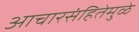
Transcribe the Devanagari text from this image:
आचारसंहितेमुळे